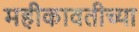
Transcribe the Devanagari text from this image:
महीकावतीच्या